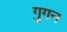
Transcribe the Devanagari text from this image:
गुगन